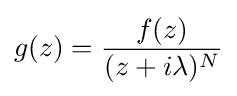
g(z)={\frac {f(z)}{(z+i\lambda )^{N}}}